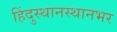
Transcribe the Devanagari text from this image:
हिंदुस्थानस्थानभर